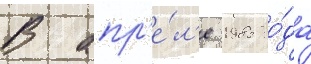
В апр'е́л'е 1985 го́да